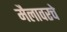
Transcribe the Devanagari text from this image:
मैलावरचे